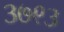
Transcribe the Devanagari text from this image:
३७९३